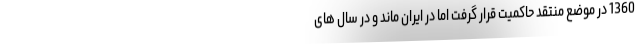
1360 در موضع منتقد حاکمیت قرار گرفت اما در ایران ماند و در سال های